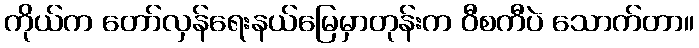
ကိုယ်က တော်လှန်ရေးနယ်မြေမှာတုန်းက ဝီစကီပဲ သောက်တာ။